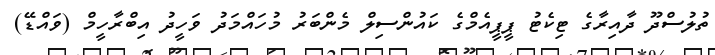
ތުލުސްދޫ ދާއިރާގެ ޓިކެޓު ޕީޕީއެމްގެ ކައުންސިލް މެންބަރު މުހައްމަދު ވަހީދު އިބްރާހީމް (ވައްޑޭ)